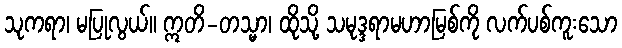
သုကရာ၊ မပြုလွယ်။ ဣတိ-တသ္မာ၊ ထိုသို့ သမုဒ္ဒရာမဟာမြစ်ကို လက်ပစ်ကူးသော